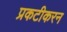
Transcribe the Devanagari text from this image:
प्रकटीकरन